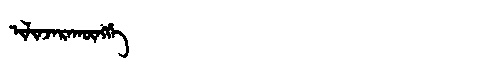
Manchu: ᡳᠯᡳᠨᠵᠠᡵᠠᡴᡡᠩᡤᡝ
Romanization: ILINJARAKŪNGGE